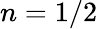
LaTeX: n=1/2